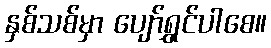
နှစ်သစ်မှာ ပျော်ရွှင်ပါစေ။